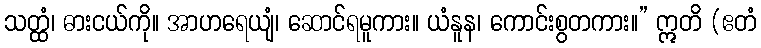
သတ္ထံ၊ ဓားငယ်ကို။ အာဟရေယျံ၊ ဆောင်ရမူကား။ ယံနူန၊ ကောင်းစွတကား။” ဣတိ (ဧတံ